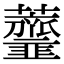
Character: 𧅴